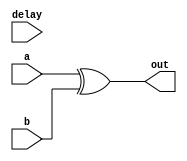
module xor_gate_delay (
    input wire a,
    input wire b,
    output reg out,
    input wire delay
);

always @ (a or b or delay)
begin
    #delay out = a ^ b;
end

endmodule